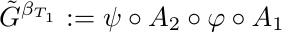
\begin{equation*}
\tilde{G}^{\beta_{T_1}} := \psi \circ A_2 \circ \varphi \circ A_1
\end{equation*}